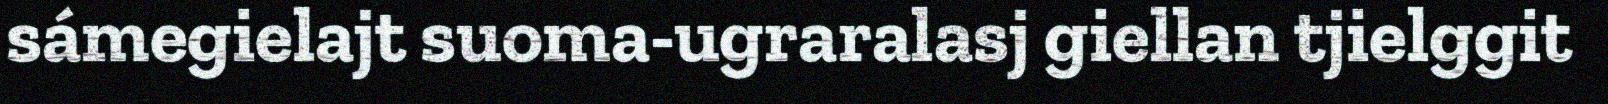
sámegielajt suoma-ugraralasj giellan tjielggit